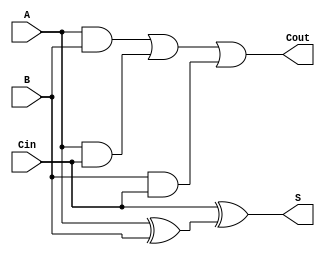

module full_adder(S, Cout, A, B, Cin);
   output S;
   output Cout;
   input  A;
   input  B;
   input  Cin;
   
   wire   w1;
   wire   w2;
   wire   w3;
   wire   w4;
   
   xor(w1, A, B);
   xor(S, Cin, w1);
   and(w2, A, B);   
   and(w3, A, Cin);
   and(w4, B, Cin);   
   or(Cout, w2, w3, w4);
endmodule // full_adder